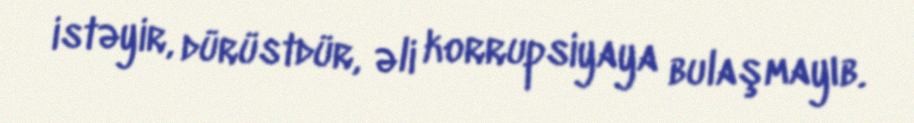
istəyir, dürüstdür, əli korrupsiyaya bulaşmayıb.